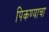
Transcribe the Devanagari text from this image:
पिकण्याचा